Civil Veterinary Department Bihar & Orissa reports 1929-36 - 1929-1936
Year: 1929
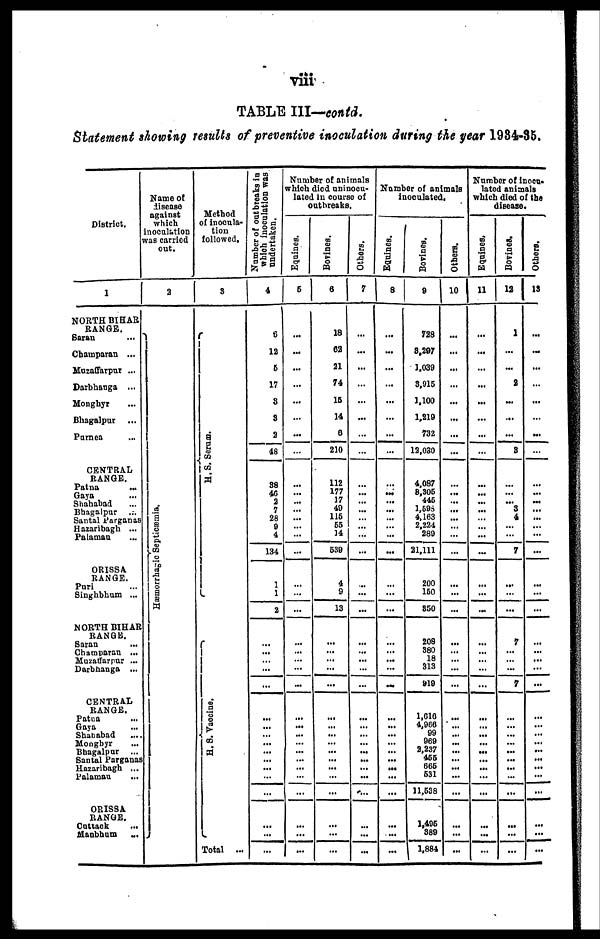
TABLE III—contd.
Statement showing results of preventive inoculation during the year 1984-85.
District.
1
NORTH BIHAR
RANGE.
Saran ...
Champaran ...
Muzaffarpur ...
Darbhanga ...
Monghyr ...
Bhagalpur ...
Purnea ...
CENTRAL
RANGE.
Gaya ...
Shahabad ...
Bhagalpur ...
Santal Parganas
Hazaribagh ...
Palamau ...
ORISSA
RANGE.
Puri ...
Singhbhum ...
NORTH BIHAR
RANGE.
Saran ...
Champaran ...
Muzaffarpur ...
Darbhanga ...
CENTRAL
RANGE.
Patna
...
Gaya
...
Shahabad ...
Moogbyr ...
Bhagalpur ...
Santal Parganas
Hazaribagh ...
Palamau ...
ORISSA
RANGE.
Cuttack
...
Manbhum
...
Name of
disease
against
which
inoculation
was carried
out.
2
Hæmorrhagic Septicæmia.
Method
of inocula-
tion
followed.
3
H. S. Ser um.
H. S. Va c c i
ne .
Total ...
Number of out breaks in
which inoculation was
undertaken.
4
8
12
6
17
3
3
2
48
38
46
2 7
28
9
4
134
1
1
2
...
...
...
...
...
...
...
...
...
...
...
...
...
...
...
...
...
Number of animals
which died uninocu-
lated in course of
outbreaks.
Equines.
5
...
...
...
...
...
...
...
...
...
...
... ...
...
...
...
...
...
...
...
...
...
...
...
...
...
...
...
...
...
...
...
...
...
...
Bovines.
6
18
62
21
74
15
14
8
210
112
177
... 49
115
14
539
4
9
13
...
...
...
...
...
...
...
... ...
...
...
...
...
...
...
...
...
Others.
7
...
...
...
...
...
...
...
...
...
...
... ...
...
...
...
...
...
...
...
...
...
...
...
...
...
...
...
...
...
...
...
...
...
...
Number of animals
inoculated.
Equines.
8
...
...
...
...
...
...
...
...
...
...
... ...
...
...
...
...
...
...
...
...
...
...
...
...
...
...
...
... ...
...
...
...
...
...
Bovines.
9
728
3.297
1.039
3,915
1.100
1,219
732
12,030
4,087
8,305
... 1,598
4,163
289
21,111
200
150
850
208
380
18
313
919
1,618
4,966
99
969
2,237
455
665
531
11,538
1,495
389
1,884
Others.
10
...
...
...
...
...
...
...
...
...
...
...
...
...
...
...
...
...
...
...
...
...
...
...
...
...
...
...
...
...
...
...
...
...
...
Number of inocu-
lated animals
which died of the
disease.
Equines.
11
...
...
...
...
...
...
...
...
...
...
... ...
...
...
...
...
...
...
...
...
...
...
...
...
...
...
...
...
...
...
...
...
...
...
Bovines.
12
1
...
...
2
...
...
...
8
...
...
... 3
4
...
7
...
...
7
...
...
...
7
...
...
...
...
...
...
...
...
...
...
...
...
Others.
13
...
...
...
...
...
...
...
...
...
...
... ...
...
...
...
...
...
...
...
...
...
...
...
...
...
...
...
...
...
...
...
...
...
...